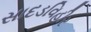
સાદડવિહીર